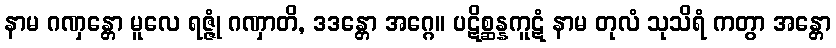
နာမ ဂဏှန္တော မူလေ ရဇ္ဇုံ ဂဏှာတိ, ဒဒန္တော အဂ္ဂေ။ ပဋိစ္ဆန္နကူဋံ နာမ တုလံ သုသိရံ ကတွာ အန္တော